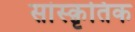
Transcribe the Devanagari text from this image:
सांस्कृ़तिक